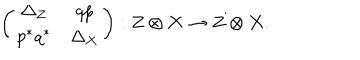
LaTeX: \left( \begin{array} { c c } { { \Delta _ { Z } } } & { { q p } } \\ { { p ^ { * } q ^ { * } } } & { { \Delta _ { X } } } \\ \end{array} \right) : Z \otimes X \to Z \otimes X .